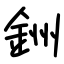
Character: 銂